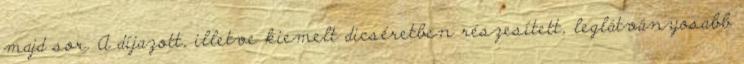
majd sor. A díjazott, illetve kiemelt dicséretben részesített, leglátványosabb